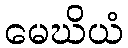
မေဃိယံ